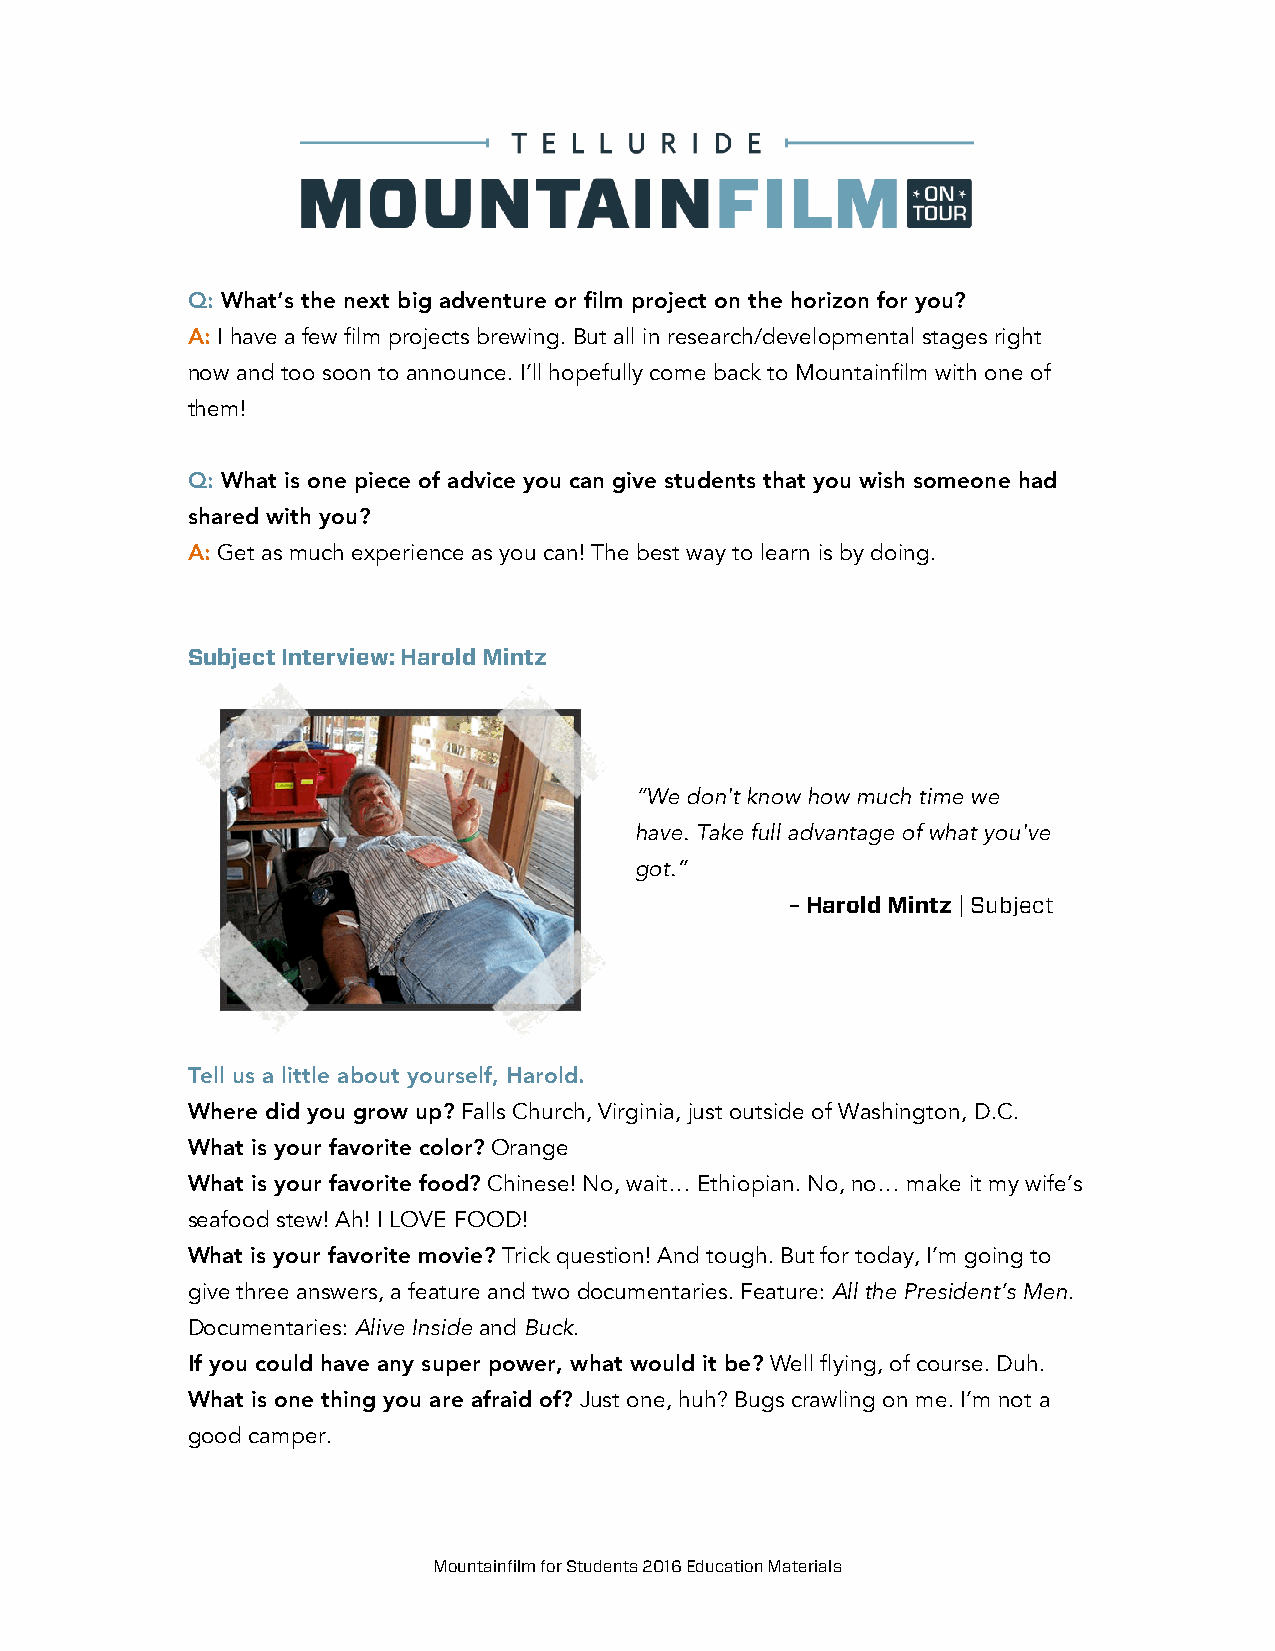
Q: What’s the next big adventure or film project on the horizon for you?
 A: I have a few film projects brewing. But all in research/developmental stages right
 now and too soon to announce. I’ll hopefully come back to Mountainfilm with one of
 them!
 Q: What is one piece of advice you can give students that you wish someone had
 shared with you?
 A: Get as much experience as you can! The best way to learn is by doing.
 Subject Interview: Harold Mintz
 “We don't know how much time we
 have. Take full advantage of what you've
 got.”
 – Harold Mintz | Subject
 Tell us a little about yourself, Harold.
 Where did you grow up? Falls Church, Virginia, just outside of Washington, D.C.
 What is your favorite color? Orange
 What is your favorite food? Chinese! No, wait… Ethiopian. No, no… make it my wife’s
 seafood stew! Ah! I LOVE FOOD!
 What is your favorite movie? Trick question! And tough. But for today, I’m going to
 give three answers, a feature and two documentaries. Feature: All the President’s Men.
 Documentaries: Alive Inside and Buck.
 If you could have any super power, what would it be? Well flying, of course. Duh.
 What is one thing you are afraid of? Just one, huh? Bugs crawling on me. I’m not a
 good camper.
 Mountainfilm for Students 2016 Education Materials